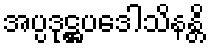
အပ္ပဒုဋ္ဌပဒေါသိနန္တိ